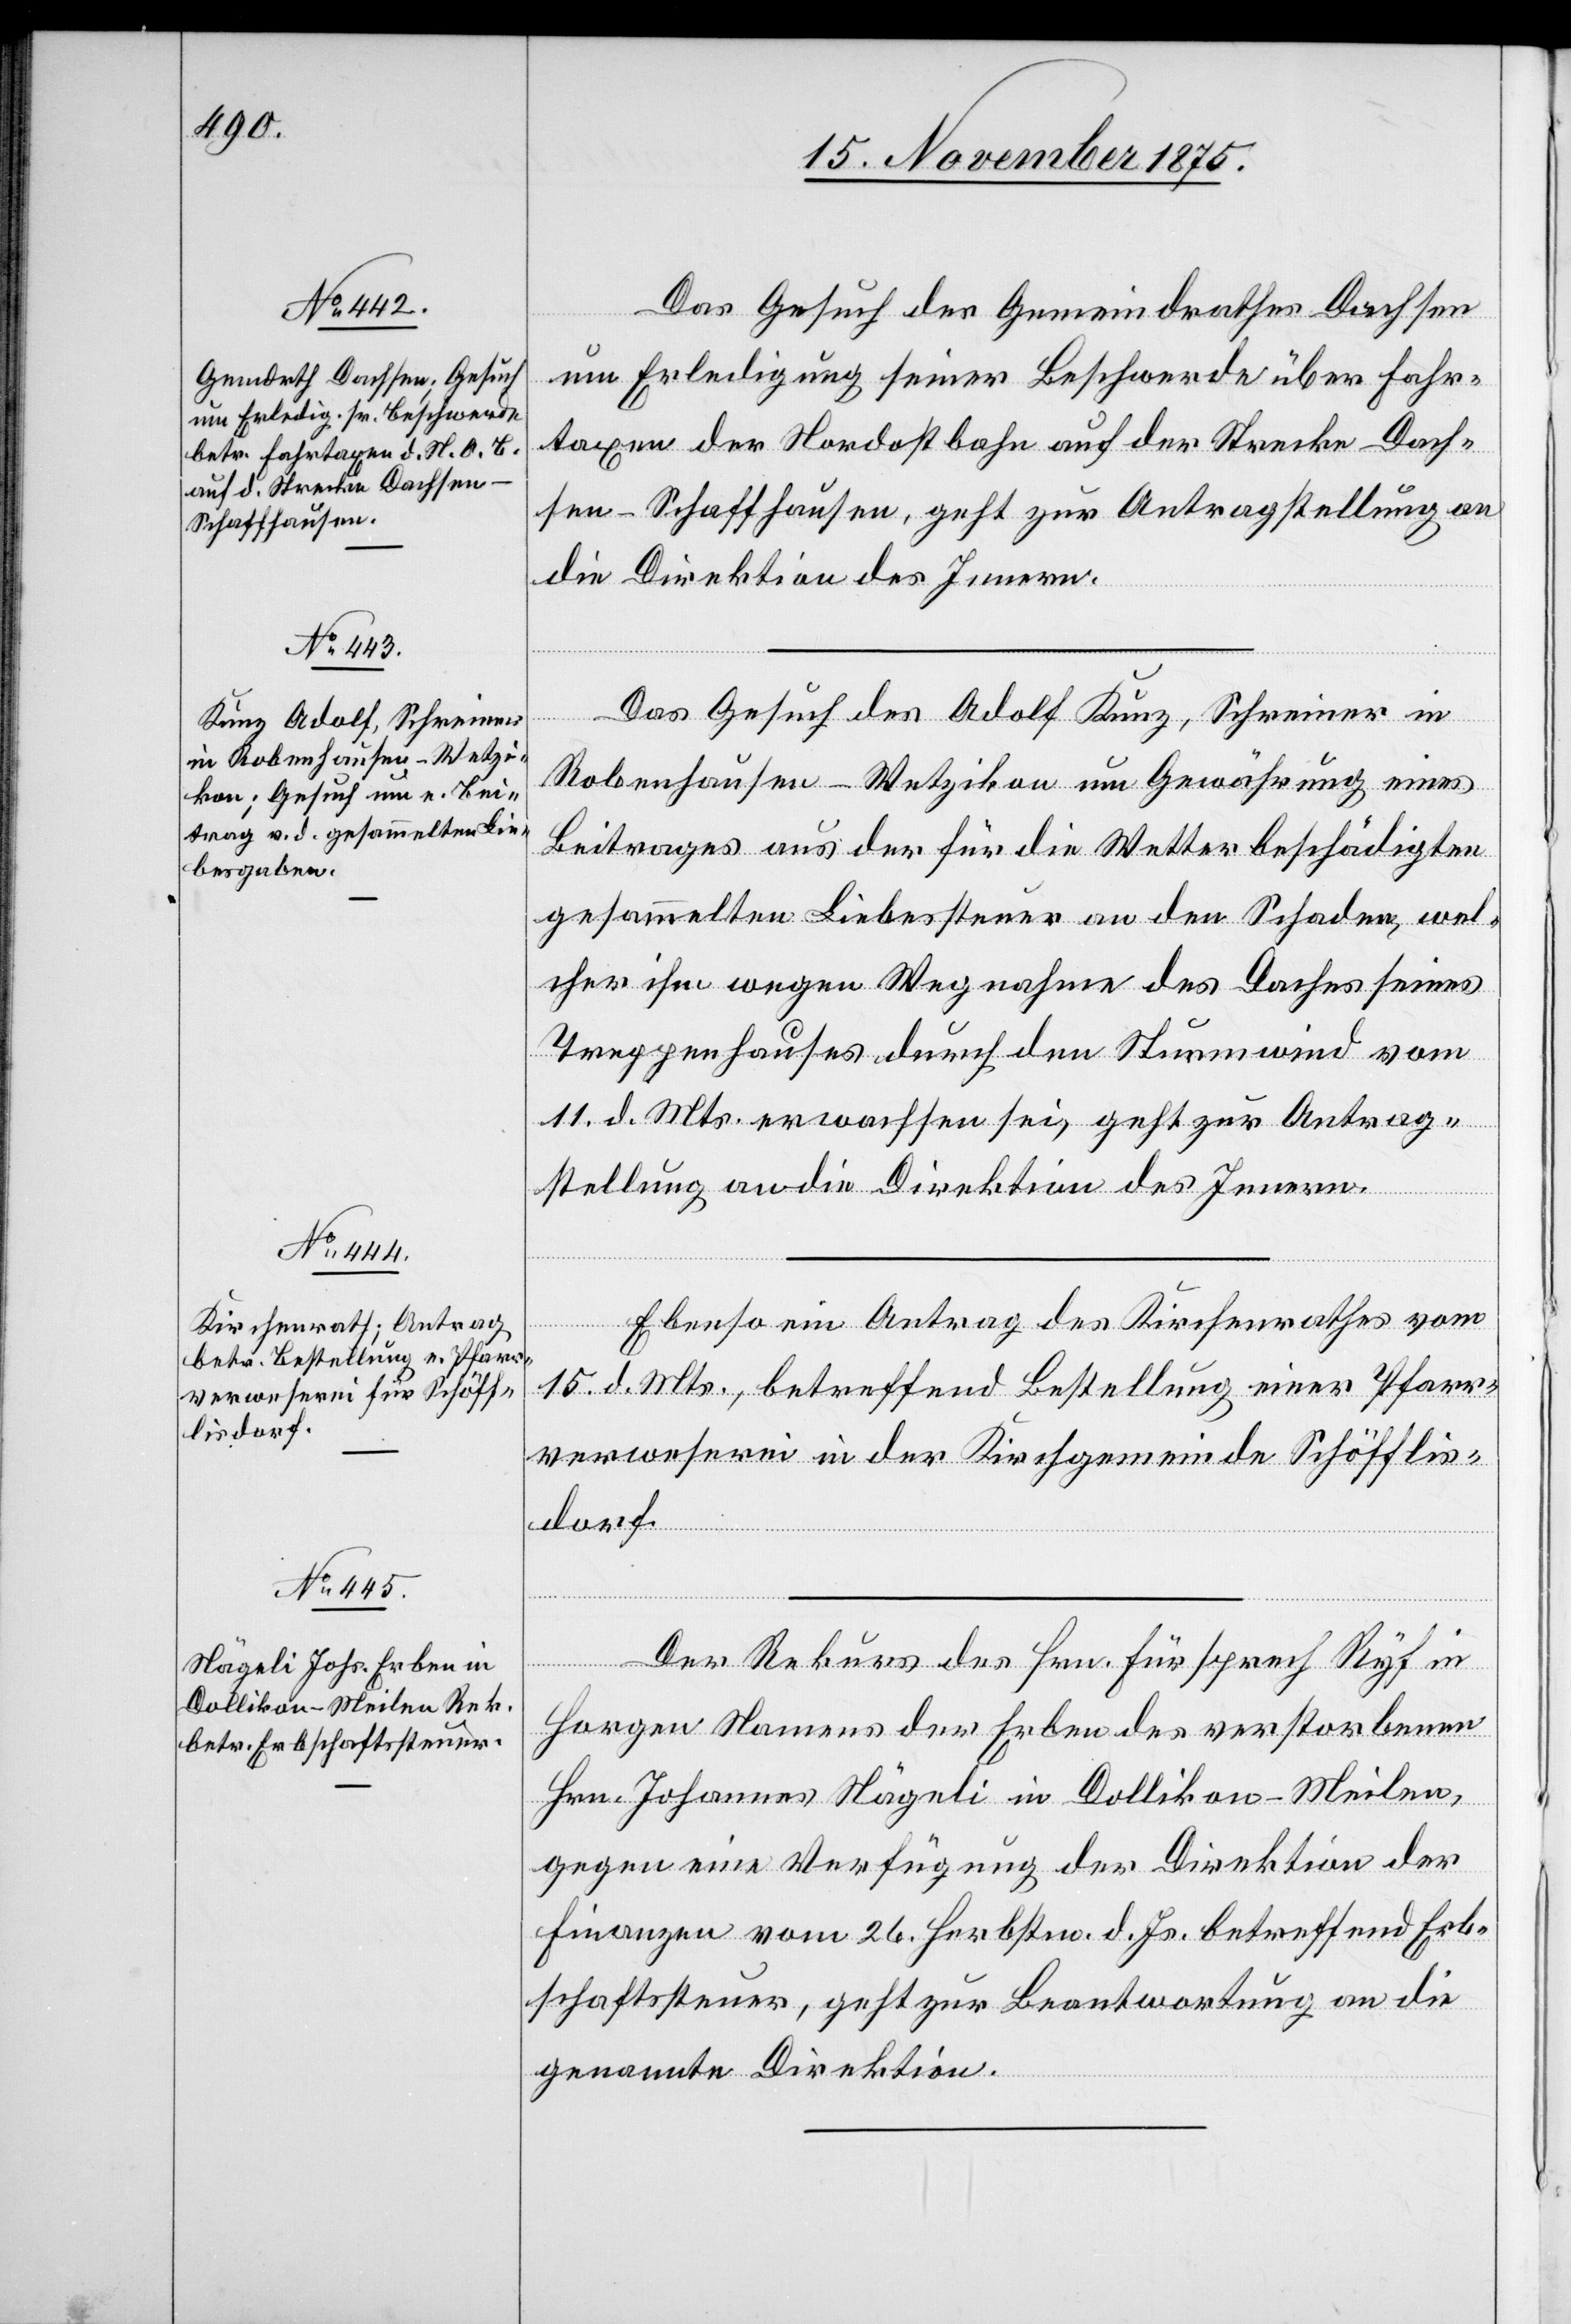
17. November 1875.]
Das Gesuch des Gemeindrathes Dachsen
um Erledigung seiner Beschwerde über Fahr¬
taxen der Nordostbahn auf der Strecke Dach¬
sen–Schaffhausen, geht zur Antragstellung an
die Direktion des Innern.
Das Gesuch des Adolf Kunz, Schreiner in
etzung
Robenhausen - Wetzikon um Gewährung eines
Beitrages aus der für die Wetterbeschädigten
gesammelten Liebessteuer an den Schaden, wel¬
cher ihm wegen Wegnahme des Daches seines
Treppenhauses durch den Sturmwind vom
11. d. Mts. erwachsen sei, geht zur Antrag¬
stellung an die Direktion des Innern.
[Forts¬
Ebenso ein Antrag des Kirchenrathes vom
15. d. Mts., betreffend Bestellung einer Pfarr¬
verweserei in der Kirchgemeinde Schöfflis¬
dorf.
Der Rekurs des Hrn. Fürsprech Ryf in
Horgen Namens der Erben des verstorbenen
Hrn. Johannes Nägeli in Dollikon - Meilen,
gegen eine Verfügung der Direktion der
Finanzen vom 26. Herbstm. d. Js. betreffend Erb¬
schaftssteuer, geht zur Beantwortung an die
genannte Direktion.